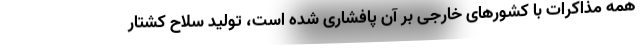
همه مذاکرات با کشورهای خارجی بر آن پافشاری شده است، تولید سلاح کشتار